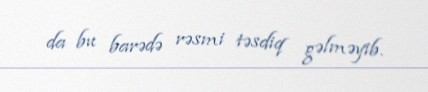
da bu barədə rəsmi təsdiq gəlməyib.